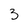
Character: 3